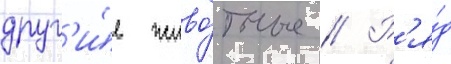
друг'и́е живо́тные // Р'я́д